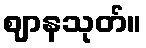
ဈာနသုတ်။